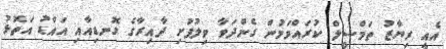
އެއީ ރިޔާޒު ތަމްސީލް ކުރައްވަމުން ގެންދަވާ ވިލުފުށި ދާއިރާގެ ގޮނޑިއާއި އައްޑު އަތޮޅު